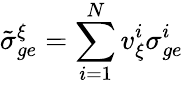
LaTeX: \tilde{\sigma}_{ge}^{\xi}=\sum_{i=1}^{N}v_{\xi}^{i}\sigma_{ge}^{i}